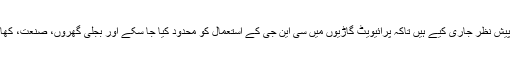
بیان کے مطابق وزیراعظم نے یہ احکامات ملک میں گیس کی شدید قلت کے پیش نظر جاری کیے ہیں تاکہ پرائیویٹ گاڑیوں میں سی این جی کے استعمال کو محدود کیا جا سکے اور بجلی گھروں، صنعت، کھاد کے کارخانوں اور گھریلو صارفین کے لیے زیادہ سے زیادہ گیس میسر ہو۔